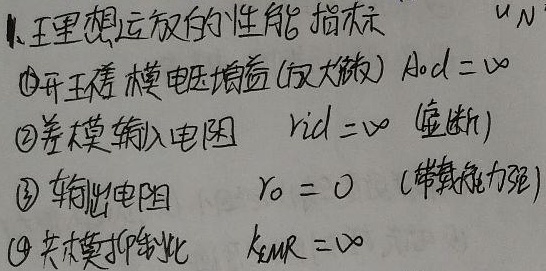
1. 理想运放的性能指标
$u_N$：
\textcircled{1}开环差模电压增益(放大倍数) $A_{od} = \infty$
\textcircled{2}差模输入电阻 $r_{id}=\infty$ (虚断)
\textcircled{3}输出电阻 $r_{o} = 0$ (带载能力强)
\textcircled{4}共模抑制比 $k_{CMR}=\infty$